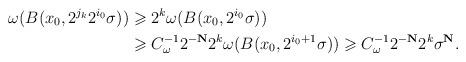
LaTeX: \begin{align*} \begin{aligned} \omega(B(x_0,2^{j_k}2^{i_0} \sigma))&\geqslant 2^k \omega(B(x_0,2^{i_0} \sigma))\\ &\geqslant {C_\omega^{-1}} 2^{-\bf N} 2^k \omega(B(x_0,2^{i_0+1} \sigma)) \geqslant {C_\omega^{-1}} 2^{-\bf N} 2^k \sigma^{\bf N}. \end{aligned} \end{align*}